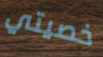
خصيتي